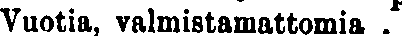
Vuotia, valmistamattomia .